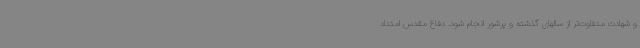
و شهادت متفاوت‌تر از سالهای گذشته و پرشور انجام شود. دفاع مقدس امتداد